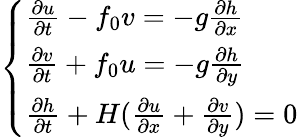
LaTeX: \left\{ \begin{array}{ll}{\frac{\partial u}{\partial t}-f_{0}v=-g\frac{\partial h}{\partial x}}\\ {\frac{\partial v}{\partial t}+f_{0}u=-g\frac{\partial h}{\partial y}}\\ {\frac{\partial h}{\partial t}+H(\frac{\partial u}{\partial x}+\frac{\partial v}{\partial y})=0}\end{array}\right.